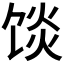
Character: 𱃿